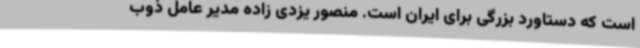
است که دستاورد بزرگی برای ایران است. منصور یزدی زاده مدیر عامل ذوب